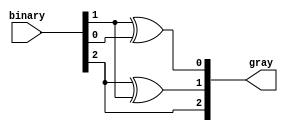
module gray_code_encoder (
    input [2:0] binary,  // 3-bit binary input
    output reg [2:0] gray // 3-bit Gray code output
);

// Combinational logic to convert binary to Gray code
always @(*) begin
    gray[2] = binary[2];          // MSB remains the same
    gray[1] = binary[2] ^ binary[1]; // XOR between MSB and the next bit
    gray[0] = binary[1] ^ binary[0]; // XOR between the next bit and LSB
end

endmodule